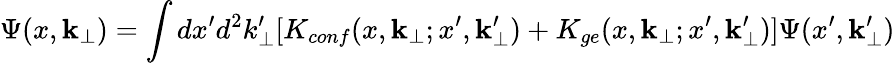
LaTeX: \Psi(x,{\mathbf k_{\bot}})=\int dx^{\prime}d^{2}k_{\bot}^{\prime}[K_{conf}(x,{\mathbf k_{\bot}};x^{\prime},{\mathbf k_{\bot}^{\prime}})+K_{ge}(x,{\mathbf k_{\bot}};x^{\prime},{\mathbf k_{\bot}^{\prime}})]\Psi(x^{\prime},{\mathbf k_{\bot}^{\prime}})